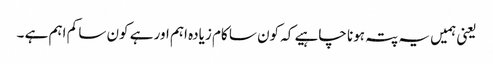
یعنی ہمیں یہ پتہ ہونا چاہیے کہ کون سا کام زیادہ اہم اور ہے کون سا کم اہم ہے ۔